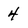
Character: 4